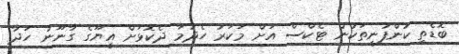
ބޮޑެތި ކުންފުނިތަކުން ޓެކްސް އަށް މަކަރު ހެދުމާ ދެކޮޅަށް އީޔޫގެ ގާނޫނު ހަދާ